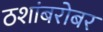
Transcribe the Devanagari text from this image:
ठशांबरोबर